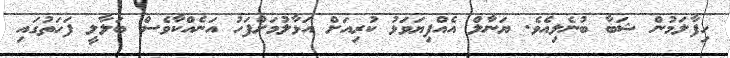
ހިފާލަމުން ޝަބާ ބުނެލިއެވެ. ޔަނާލް އެއްފިޔަވަޅު ކުރިއަށް އަޅާލުމަށްފަހު އަނެއްކާވެސް ބަލާލީ ފަހަތުގައި